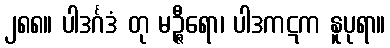
၂၈၈။ ပါဒင်္ဂဒံ တု မဉ္ဇီရော၊ ပါဒကဋက နူပုရာ။